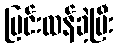
ပြင်းထန်ခဲ့ပြီး